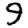
Digit: 9